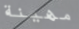
مهينة